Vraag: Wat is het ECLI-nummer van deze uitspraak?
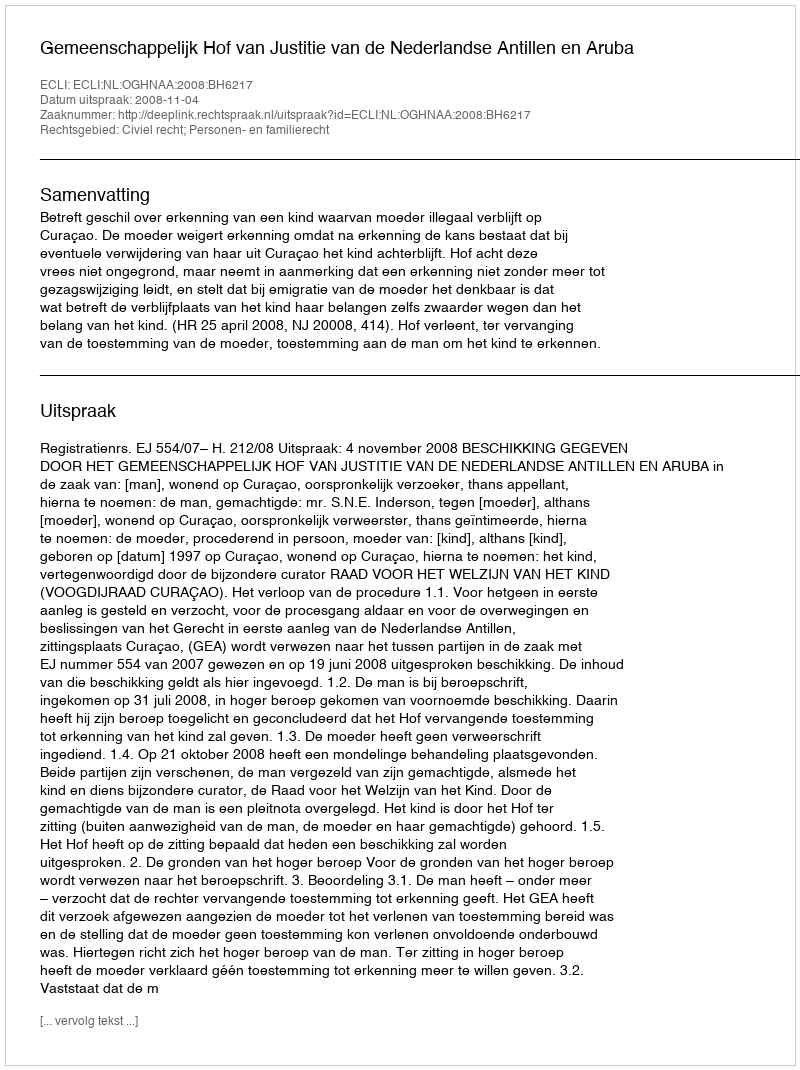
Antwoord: ECLI:NL:OGHNAA:2008:BH6217